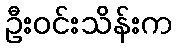
ဦးဝင်းသိန်းက